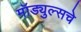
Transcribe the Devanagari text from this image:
मॉड्युल्सचे